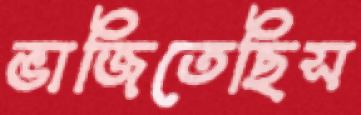
ভাজিতেছিস